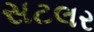
સટલર